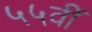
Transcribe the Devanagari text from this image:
५५वीं